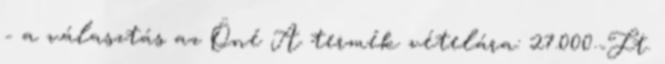
- a választás az Öné A termék vételára: 27.000.-Ft.